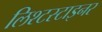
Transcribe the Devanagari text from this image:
लिश्टस्टाइनर